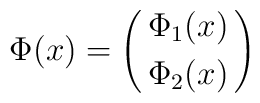
\Phi(x)=\left({\matrix{\Phi_1(x)\cr \noalign{\vskip3pt}                      \Phi_2(x)}}\right)